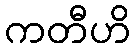
ကတီဟိ